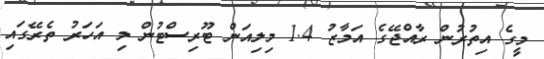
މީގެ އިތުރުން ރާއްޖޭގެ އަމާޒު 1.4 މިލިއަން ޓޫރިސްޓުން މި އަހަރު ތެރޭގައި